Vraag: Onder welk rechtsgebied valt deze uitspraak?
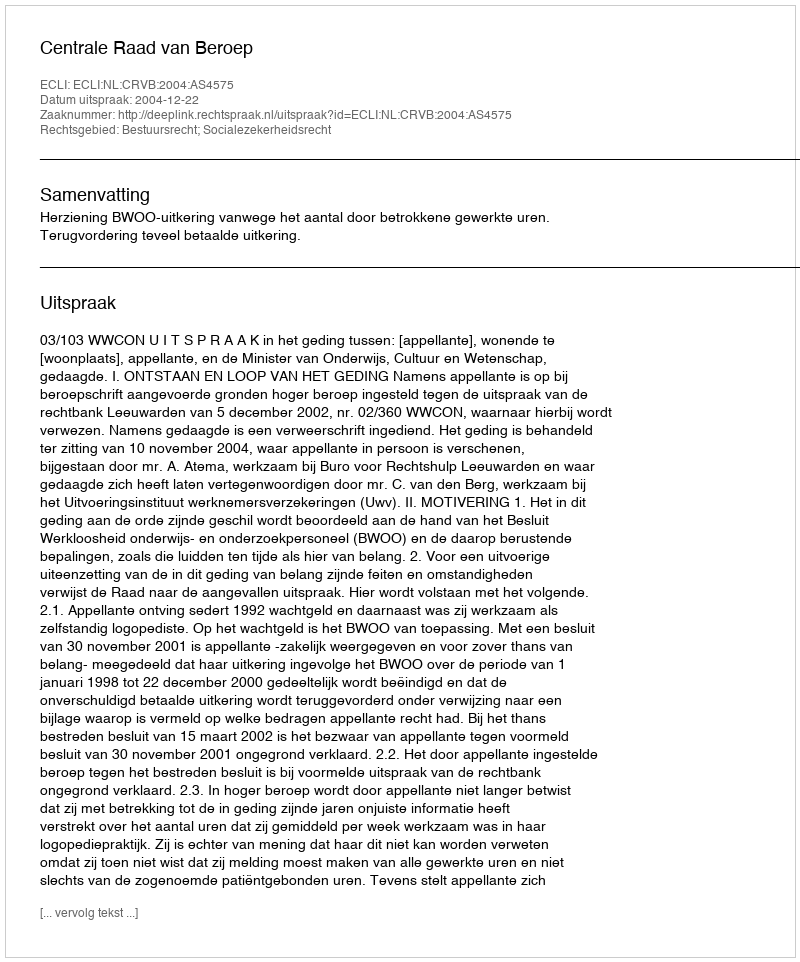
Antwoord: Bestuursrecht; Socialezekerheidsrecht